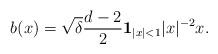
LaTeX: \begin{align*}b(x)=\sqrt{\delta} \frac{d-2}{2}\mathbf{1}_{|x|<1}|x|^{-2}x.\end{align*}